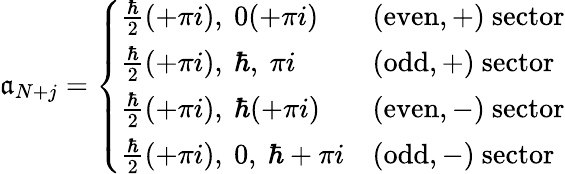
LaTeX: \mathfrak{a}_{N+j}=\left\{ \begin{array}{ll}{\frac{\hbar}{2}(+\pi i),\ 0(+\pi i)}&{(\textrm{even},+)\ \textrm{sector}}\\ {\frac{\hbar}{2}(+\pi i),\ \hbar,\ \pi i}&{(\textrm{odd},+)\ \textrm{sector}}\\ {\frac{\hbar}{2}(+\pi i),\ \hbar(+\pi i)}&{(\textrm{even},-)\ \textrm{sector}}\\ {\frac{\hbar}{2}(+\pi i),\ 0,\ \hbar+\pi i}&{(\textrm{odd},-)\ \textrm{sector}}\end{array}\right.